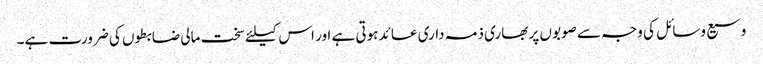
وسیع وسائل کی وجہ سے صوبوں پر بھاری ذمہ داری عائد ہوتی ہے اور اس کیلئے سخت مالی ضابطوں کی ضرورت ہے۔